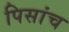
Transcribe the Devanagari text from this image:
पिसांच